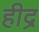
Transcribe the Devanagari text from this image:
हीद्र